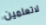
لاتعلمين